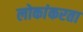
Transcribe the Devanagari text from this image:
लोकांकरता